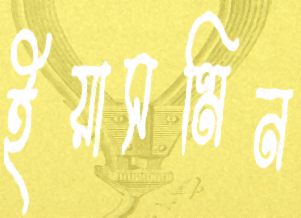
ইয়াসমিন